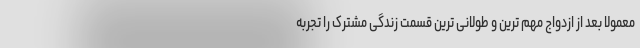
معمولا بعد از ازدواج مهم ترین و طولانی ترین قسمت زندگی مشترک را تجربه